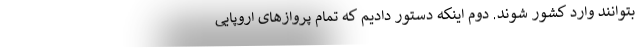
بتوانند وارد کشور شوند. دوم اینکه دستور دادیم که تمام پروازهای اروپایی